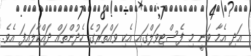
އަދި އެމާ ވަނީ މި ފެސްޓިވަލްގައި އެކި ވައްތަރުގެ ހެދުންތައް ދައްކާލައިފަ އެވެ.